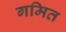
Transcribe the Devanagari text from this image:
गमित